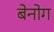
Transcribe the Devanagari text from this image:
बेनोग